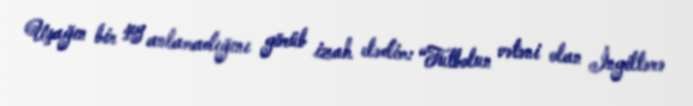
Uşağın bir şey anlamadığını görüb izah elədim: “Futbolun vətəni olan İngiltərə